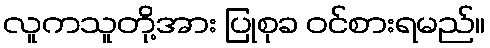
လူကသူတို့အား ပြုစုခ ဝင်စားရမည်။